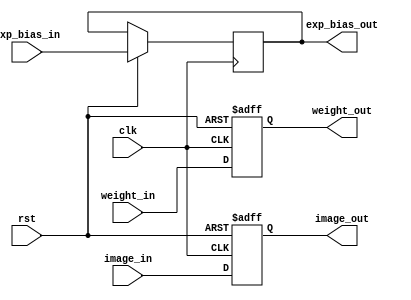
module input_reg (input clk, rst, 
    input [71:0] image_in,
    input [35:0] weight_in, 
    input [4:0] exp_bias_in, 
    output reg [71:0] image_out, 
    output reg [35:0] weight_out, 
    output reg [4:0] exp_bias_out);

    always @(posedge clk or negedge rst) begin
        if (!rst) begin
            image_out <= 0;
            weight_out <= 0;
        end
        else begin
            image_out <= image_in;
            weight_out <= weight_in;
            exp_bias_out <= exp_bias_in;
        end
    end
    
endmodule